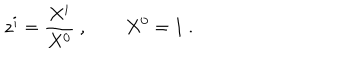
LaTeX: z ^ { i } = { \frac { X ^ { i } } { X ^ { 0 } } } \ , \qquad X ^ { 0 } = 1 \ .